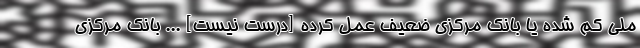
ملی کم شده یا بانک مرکزی ضعیف عمل کرده [درست نیست] ... بانک مرکزی